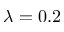
\lambda = 0 . 2